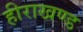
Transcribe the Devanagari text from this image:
हीराखण्ड